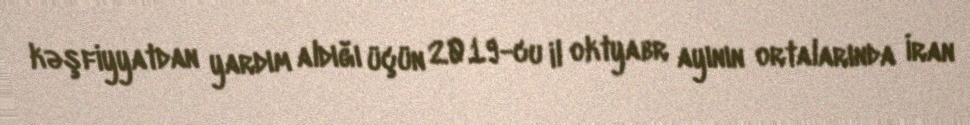
kəşfiyyatdan yardım aldığı üçün 2019-cu il oktyabr ayının ortalarında İran